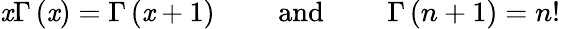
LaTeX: \mathit{x}\Gamma\left(\mathit{x}\right)=\Gamma\left(\mathit{x}+1\right)\mathrm{{\qquad~and~\qquad}}\Gamma\left(n+1\right)=n!